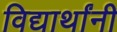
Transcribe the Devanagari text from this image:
विद्यार्थांनी